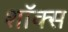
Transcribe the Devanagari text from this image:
शॉक्स